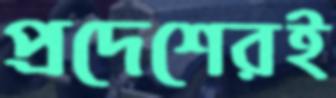
প্রদেশেরই